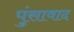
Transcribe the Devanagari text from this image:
पुंसावाद